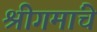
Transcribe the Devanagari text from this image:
श्रीगमांचे